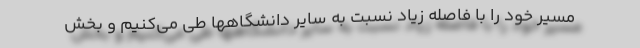
مسیر خود را با فاصله زیاد نسبت به سایر دانشگاهها طی می‌کنیم و بخش